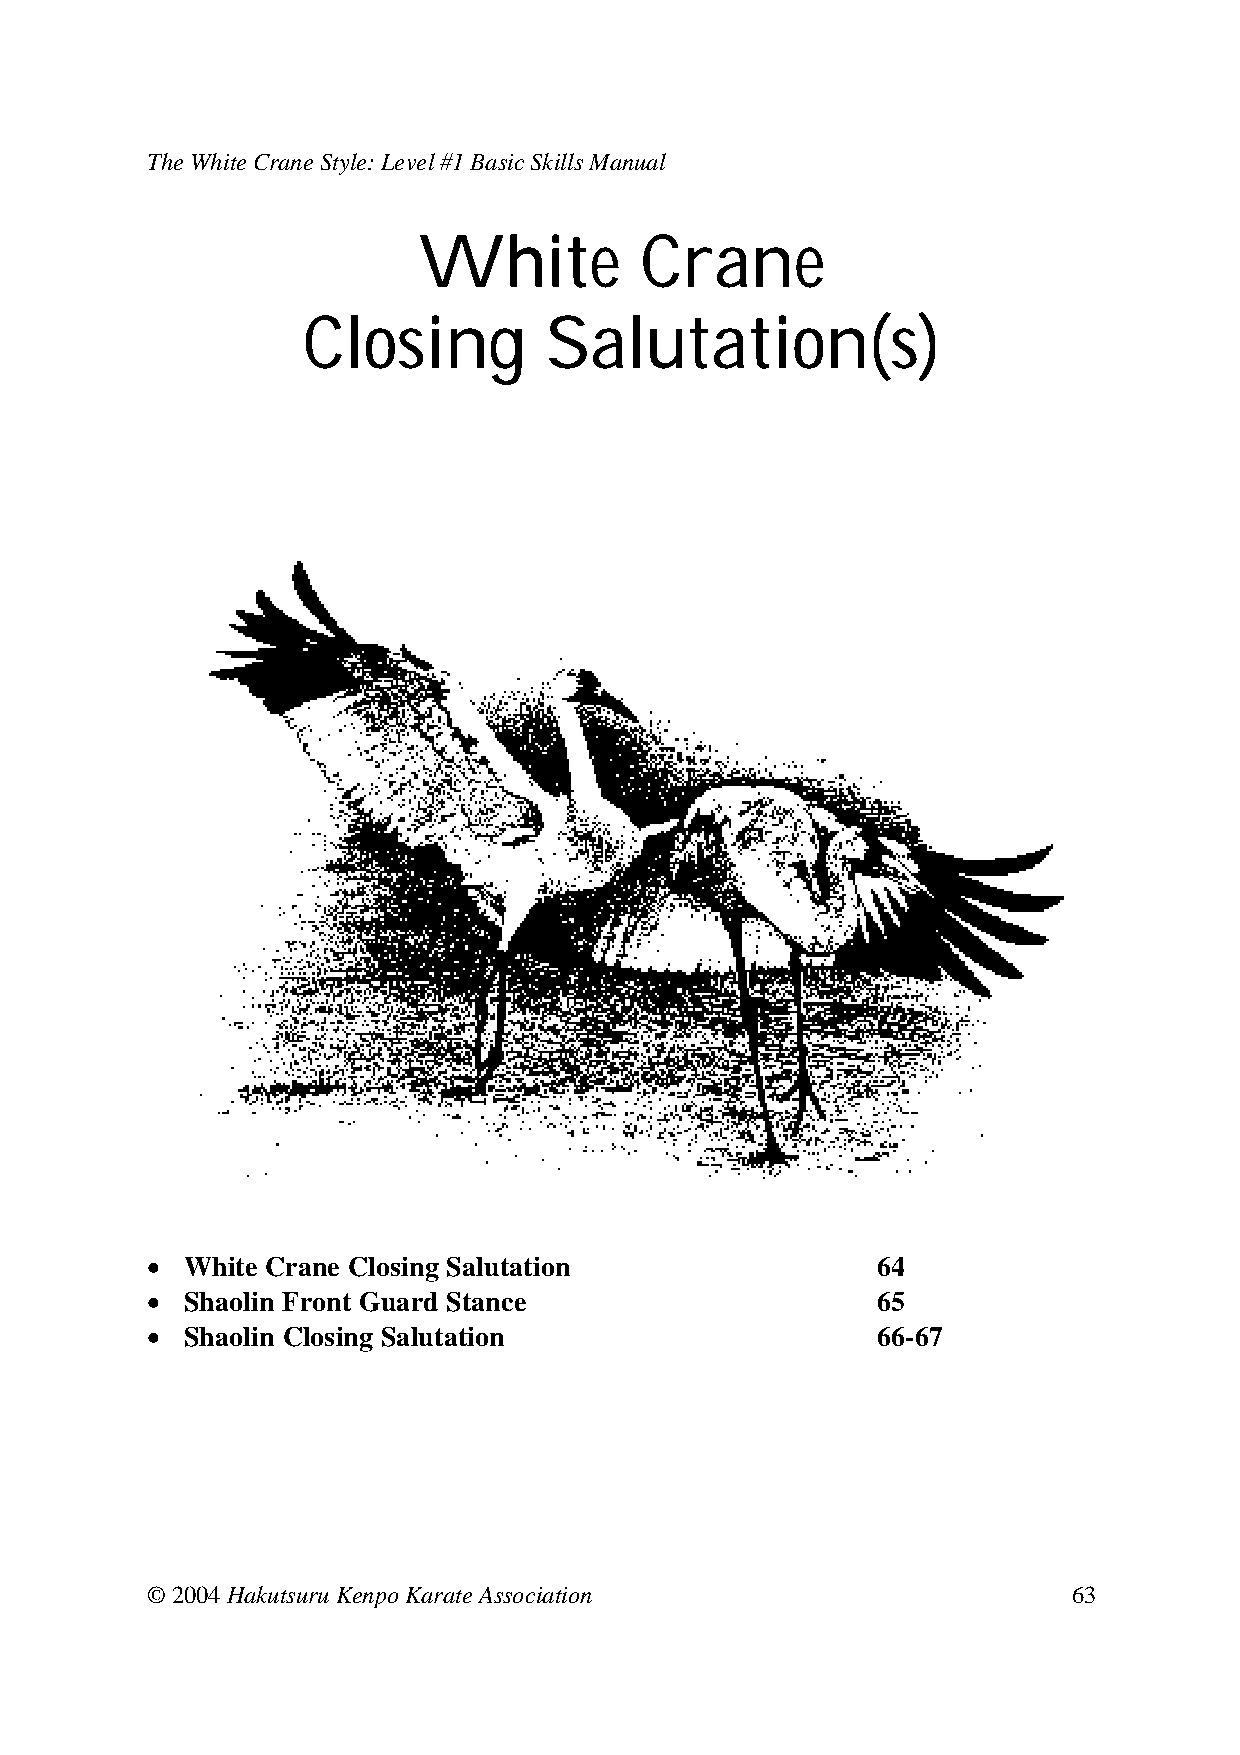
The White Crane Style: Level #1 Basic Skills Manual
 White         Crane
 Closing         Salutation(s)
 • White Crane Closing Salutation           64
 • Shaolin Front Guard Stance            65
 • Shaolin Closing Salutation               66-67
 © 2004 Hakutsuru Kenpo Karate Association                    63